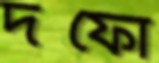
দফো